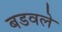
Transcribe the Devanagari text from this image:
बडवले